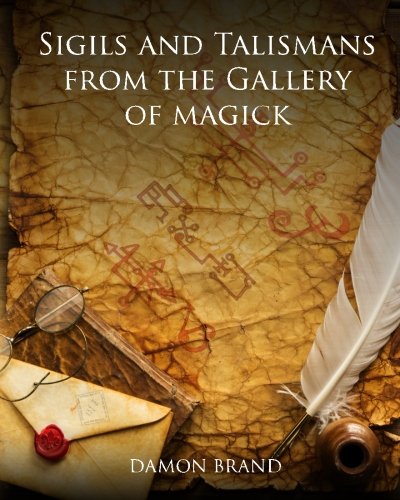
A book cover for Sigils and Talismans of The Gallery of Magick: Printed Sigils and Talismans For Magickal Workers; Damon Brand; Religion & Spirituality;